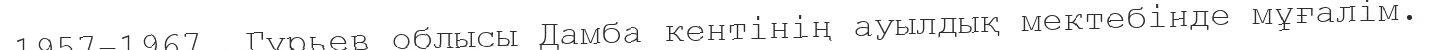
1957–1967. Гурьев облысы Дамба кентінің ауылдық мектебінде мұғалім.